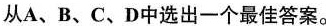
从A、B、C、D中选出一个最佳答案。